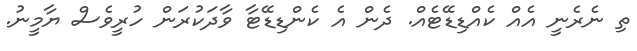
ތި ނެރެނީ އެއް ކެއްޑިޑޭޓެއް. ދެން އެ ކެންޑިޑޭޓާ ވާދަކުރަން ހުރީވެސް ޔާމީނު.